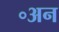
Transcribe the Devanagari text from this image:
॰अन